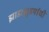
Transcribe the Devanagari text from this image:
झाडाझुडपांची